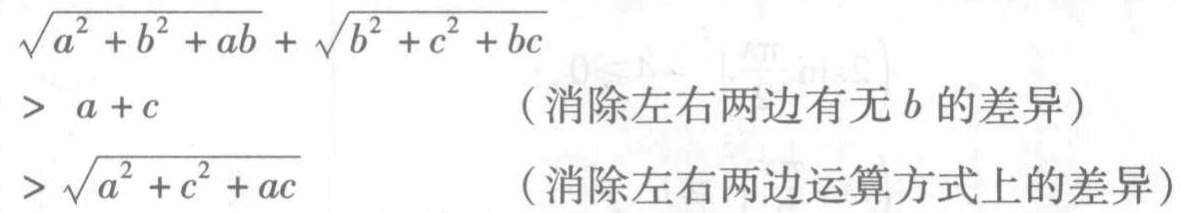
\[

\begin{align*}

\sqrt{a^{2}+b^{2}+ab}+\sqrt{b^{2}+c^{2}+bc}&> a + c\quad(\text{消除左右两边有无}b\text{的差异})\\

&>\sqrt{a^{2}+c^{2}+ac}\quad(\text{消除左右两边运算方式上的差异})

\end{align*}

\]